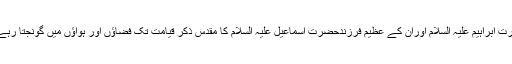
حضرت ابراہیم علیہ السلام اوران کے عظیم فرزندحضرت اسماعیل علیہ السلام کا مقدس ذکر قیامت تک فضاؤں اور ہواؤں میں گونجتا رہے گا ۔